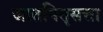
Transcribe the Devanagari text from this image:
जातपितृसत्ता